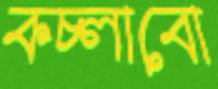
কচ্‌লাবো